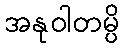
အနုဝါတမ္ပိ